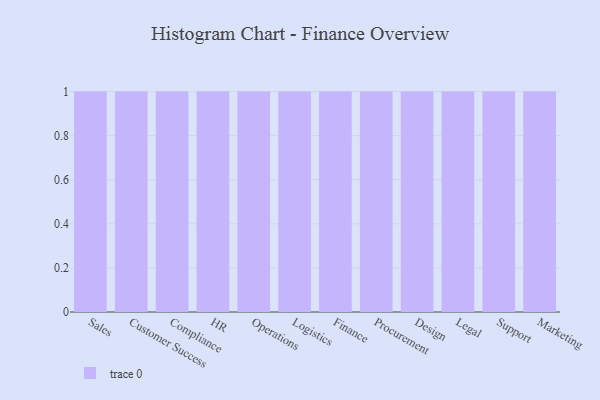
{"axis": {"x": "Department", "y": "Tickets Resolved"}, "legend": [""], "data": [{"x": "Sales", "y": 55, "type": ""}, {"x": "Customer Success", "y": 89, "type": ""}, {"x": "Compliance", "y": 45, "type": ""}, {"x": "HR", "y": 50, "type": ""}, {"x": "Operations", "y": 70, "type": ""}, {"x": "Logistics", "y": 65, "type": ""}, {"x": "Finance", "y": 42, "type": ""}, {"x": "Procurement", "y": 34, "type": ""}, {"x": "Design", "y": 48, "type": ""}, {"x": "Legal", "y": 41, "type": ""}, {"x": "Support", "y": 25, "type": ""}, {"x": "Marketing", "y": 92, "type": ""}]}